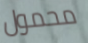
محمول